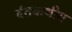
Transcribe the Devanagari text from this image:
दंतकथीय